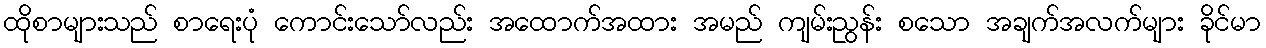
ထိုစာများသည် စာရေးပုံ ကောင်းသော်လည်း အထောက်အထား အမည် ကျမ်းညွန်း စသော အချက်အလက်များ ခိုင်မာ